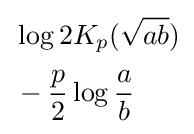
{\begin{aligned}&\log 2K_{p}({\sqrt {ab}})\\[2pt]&{}-{\frac {p}{2}}\log {\frac {a}{b}}\end{aligned}}